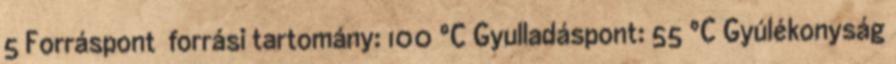
5 Forráspont forrási tartomány: 100 °C Gyulladáspont: 55 °C Gyúlékonyság